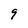
Character: 9